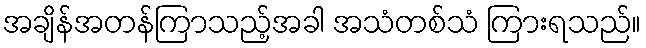
အချိန်အတန်ကြာသည့်အခါ အသံတစ်သံ ကြားရသည်။